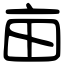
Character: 亩